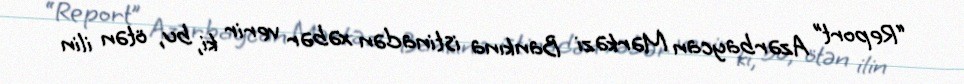
“Report” Azərbaycan Mərkəzi Bankına istinadən xəbər verir ki, bu, ötən ilin